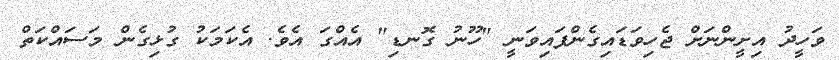
ވަހީދު އިށީންނަށް ޖެހިވަޑައިގެންފައިވަނީ "ހޫނު ގޮނޑި" އެއްގަ އެވެ. އެކަމަކު ގުޅިގެން މަސައްކަތް